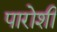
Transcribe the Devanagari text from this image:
पारोशी